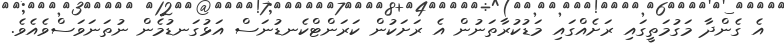
އެ ގެންދާ މަގުމަތީގައި ރަށެއްގައި މަޑުކުރާތަނުން އެ ރަށަކުން ކަރަންޓްކެނޑުނަސް އަޅުގަނޑުމެން ނުތަނަވަސްވެއެވެ.